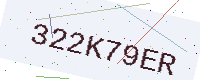
Text: 322K79ER